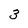
Character: 3